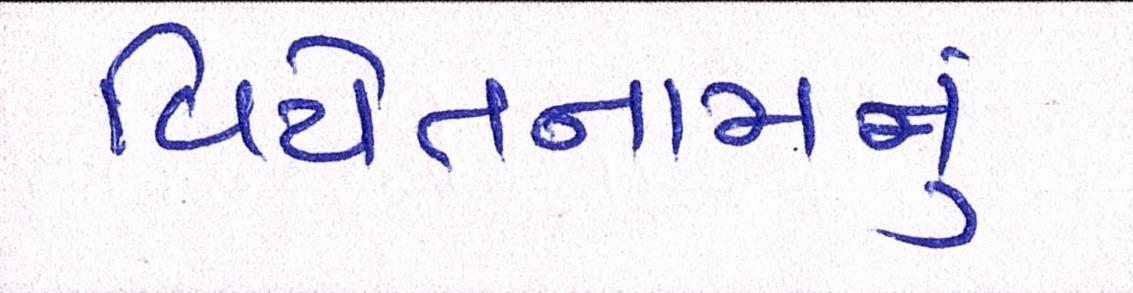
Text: વિયેતનામનું